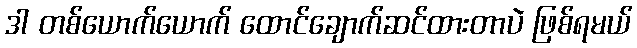
ဒါ တစ်ယောက်ယောက် ထောင်ချောက်ဆင်ထားတာပဲ ဖြစ်ရမယ်